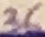
Text: 36